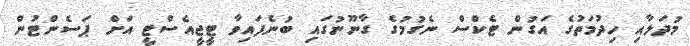
މުދަލާއި ހިދުމަތުގެ އަގުން ޓެކްސް ނެގުމުގެ ގާނޫނުގައި ބުނެފައިވާ ޓީޖީއެސްޓީ އަށް ޕަސެންޓުން